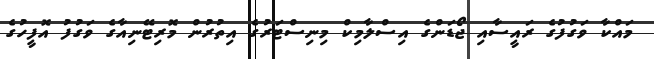
މައްކާ ވަގުފުގެ ރައީސާއި ޖޯޑަންގެ އިސްލާމިކް މިނިސްޓަރުގެ އިތުރުން މޮރިޓޭނިއާގެ ވަގުފު އޮފީހުގެ